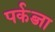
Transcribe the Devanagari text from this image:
पर्कब्जा